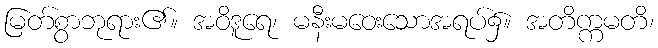
မြတ်စွာဘုရား၏။ အဝိဒူရေ၊ မနီးမဝေးသောအရပ်၌။ အတိက္ကမတိ၊